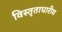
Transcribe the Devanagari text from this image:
विस्तृताधारीय